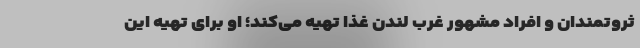
ثروتمندان و افراد مشهور غرب لندن غذا تهیه می‌کند؛ او برای تهیه این